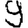
Digit: 9